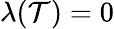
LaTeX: \lambda(\mathcal{T})=0